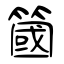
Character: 簂